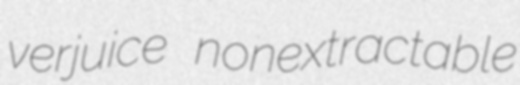
verjuice nonextractable